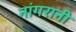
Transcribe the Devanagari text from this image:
नांगरानी